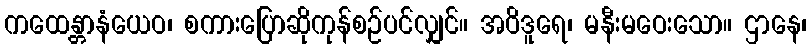
ကထေန္တာနံယေဝ၊ စကားပြောဆိုကုန်စဉ်ပင်လျှင်။ အဝိဒူရေ၊ မနီးမဝေးသော။ ဌာနေ၊